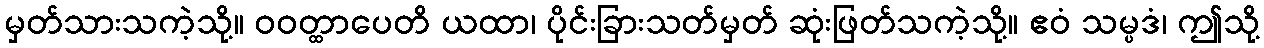
မှတ်သားသကဲ့သို့။ ဝဝတ္ထာပေတိ ယထာ၊ ပိုင်းခြားသတ်မှတ် ဆုံးဖြတ်သကဲ့သို့။ ဧဝံ သမ္ပဒံ၊ ဤသို့